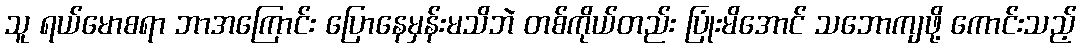
သူ ရယ်မောစရာ ဘာအကြောင်း ပြောနေမှန်းမသိဘဲ တစ်ကိုယ်တည်း ပြုံးမိအောင် သဘောကျဖို့ ကောင်းသည့်